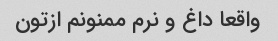
واقعا داغ و نرم ممنونم ازتون